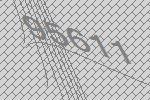
95611